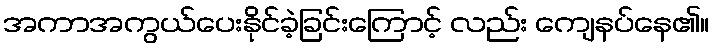
အကာအကွယ်ပေးနိုင်ခဲ့ခြင်းကြောင့် လည်း ကျေနပ်နေ၏။